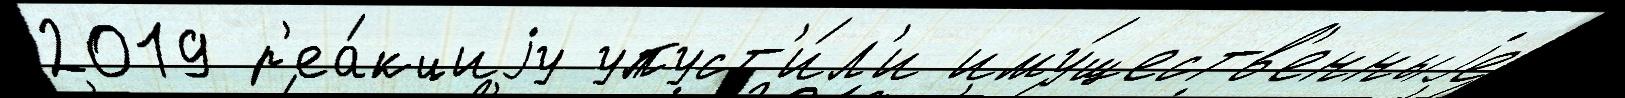
2019 р'еа́кциjу упуст'и́л'и иму́ществ'енныjе